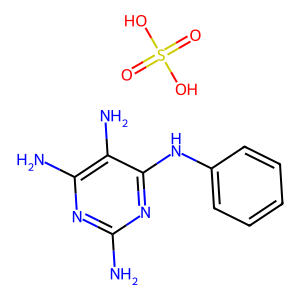
SMILES: Nc1nc(N)c(N)c(Nc2ccccc2)n1.O=S(=O)(O)O
Inhibits HIV replication: No